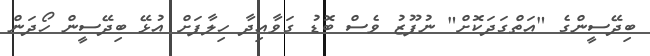
ބިދޭސީންގެ "އަތްގަދަކޮށް" ނުފޫޒު ވެސް ބޮޑު ގަވާއިދާ ހިލާފަށް އުޅޭ ބިދޭސީން ހޯދަން